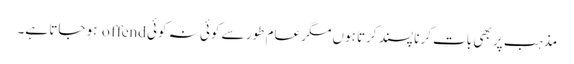
مذہب پر بھی بات کرنا پسند کرتا ہوں مگر عام طور سے کوئی نہ کوئی offend ہو جاتا ہے۔